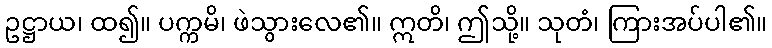
ဥဋ္ဌာယ၊ ထ၍။ ပက္ကမိ၊ ဖဲသွားလေ၏။ ဣတိ၊ ဤသို့။ သုတံ၊ ကြားအပ်ပါ၏။